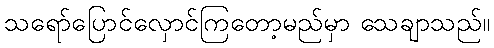
သရော်ပြောင်လှောင်ကြတော့မည်မှာ သေချာသည်။